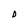
Character: D